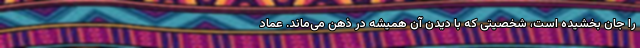
را جان بخشیده است، شخصیتی که با دیدن آن همیشه در ذهن می‌ماند. عماد